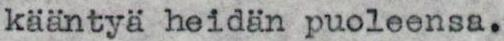
kääntyä heidän puoleensa.